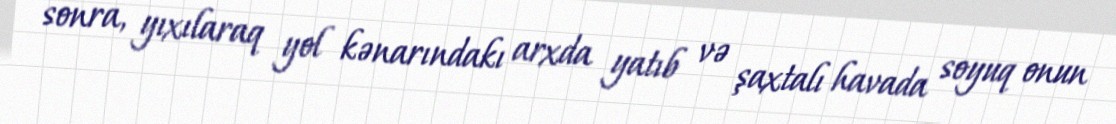
sonra, yıxılaraq yol kənarındakı arxda yatıb və şaxtalı havada soyuq onun